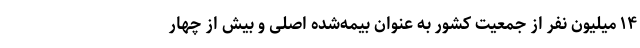
۱۴ میلیون نفر از جمعیت کشور به عنوان بیمه‌شده اصلی و بیش از چهار